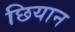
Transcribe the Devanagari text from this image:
छियान